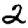
Digit: 2